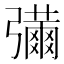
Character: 𢐶